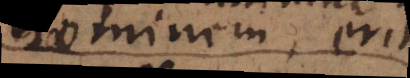
hominem, erit